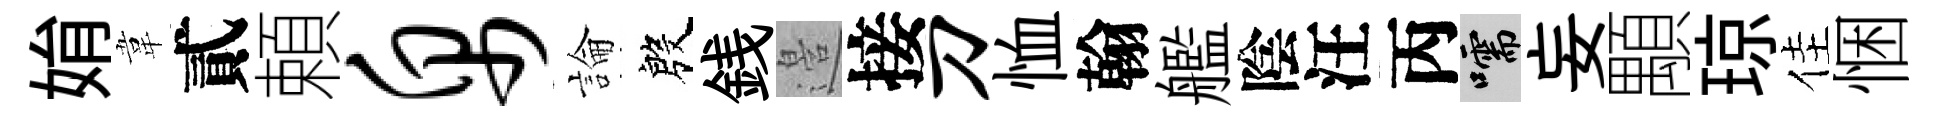
姢韋貳頼帛論殷銭邉接刀恤翰艦陰汪丙嚅妄顒琼佳悃